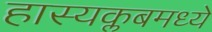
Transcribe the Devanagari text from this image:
हास्यक्लबमध्ये